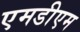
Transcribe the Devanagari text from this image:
एमडीएम